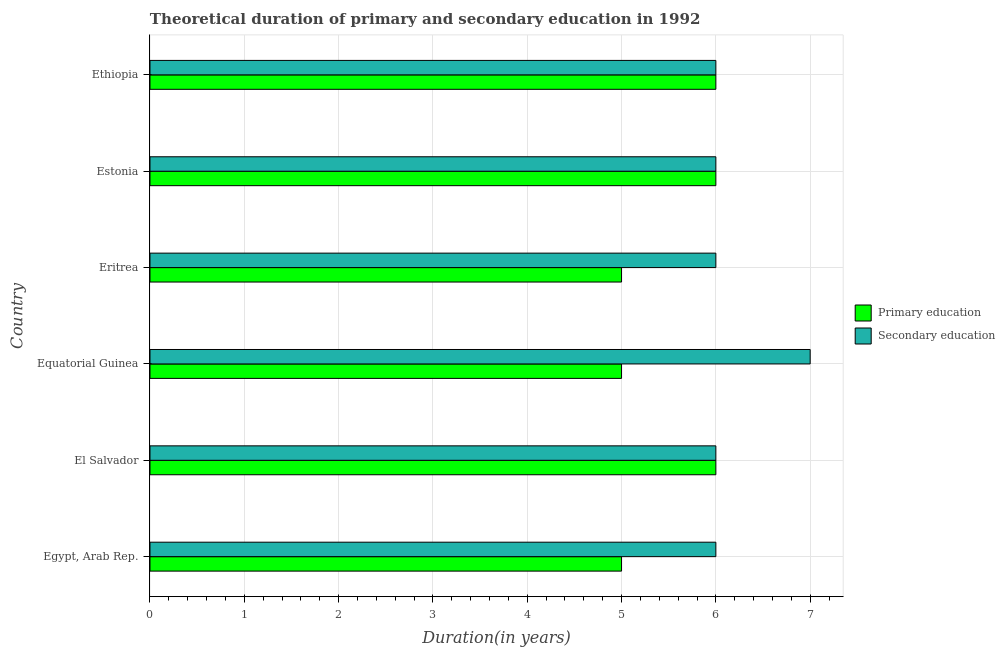
| Country | Primary education | Secondary education |
 | --- | --- | --- |
 | Egypt, Arab Rep. | 5 | 6 |
 | El Salvador | 6 | 6 |
 | Equatorial Guinea | 5 | 7 |
 | Eritrea | 5 | 6 |
 | Estonia | 6 | 6 |
 | Ethiopia | 6 | 6 |